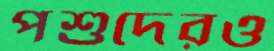
পশুদেরও